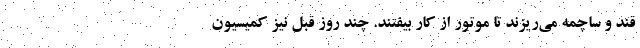
قند و ساچمه می‌ریزند تا موتور از کار بیفتند. چند روز قبل نیز کمیسیون